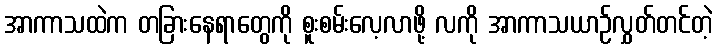
အာကာသထဲက တခြားနေရာတွေကို စူးစမ်းလေ့လာဖို့ လကို အာကာသယာဉ်လွှတ်တင်တဲ့